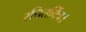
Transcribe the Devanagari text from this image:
रचितबिंब।